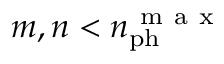
m , n < n _ { \mathrm { p h } } ^ { \mathrm { ~ m ~ a ~ x ~ } }